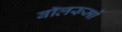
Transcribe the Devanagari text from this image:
बॉलरूमों